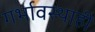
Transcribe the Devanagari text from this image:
गर्भावस्थाही